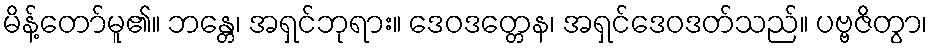
မိန့်တော်မူ၏။ ဘန္တေ၊ အရှင်ဘုရား။ ဒေဝဒတ္တေန၊ အရှင်ဒေဝဒတ်သည်။ ပဗ္ဗဇိတွာ၊